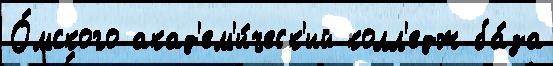
О́мского акад'ем'и́ческ'ий колл'едж ба́за